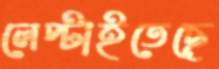
লেপ্‌টাইতেছে